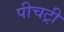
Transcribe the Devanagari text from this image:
पीचट्री